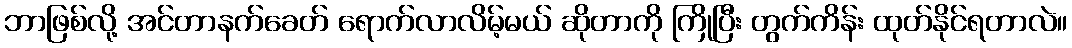
ဘာဖြစ်လို့ အင်တာနက်ခေတ် ရောက်လာလိမ့်မယ် ဆိုတာကို ကြိုပြီး တွက်ကိန်း ထုတ်နိုင်ရတာလဲ။